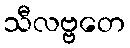
သီလဗ္ဗတေ